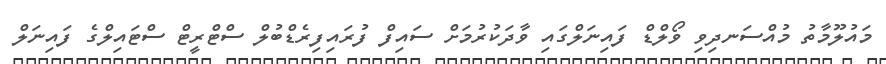
މައުލޫމާތު މުއްސަނދިވި ވޯލްޑް ފައިނަލްގައި ވާދަކުރުމަށް ސައިފް ފުރައިފިރެޑްބުލް ސްޓްރީޓް ސްޓައިލްގެ ފައިނަލް